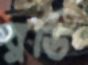
ব্রডি